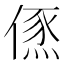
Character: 𠍪